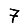
Digit: 7